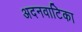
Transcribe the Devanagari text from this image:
अदनवाटिका